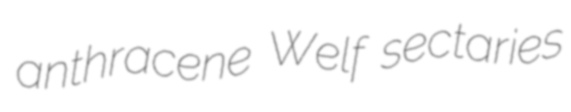
anthracene Welf sectaries